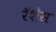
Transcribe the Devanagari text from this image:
रॅशेस